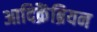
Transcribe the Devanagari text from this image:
आदिक्रैंब्रियन